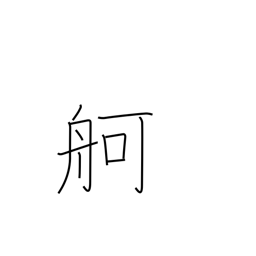
Meaning: large boat